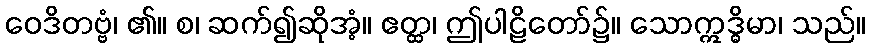
ဝေဒိတဗ္ဗံ၊ ၏။ စ၊ ဆက်၍ဆိုအံ့။ ဧတ္ထ၊ ဤပါဠိတော်၌။ သောဣဒ္ဓိမာ၊ သည်။